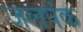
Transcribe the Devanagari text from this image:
जलपंक